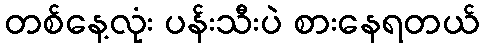
တစ်နေ့လုံး ပန်းသီးပဲ စားနေရတယ်